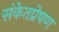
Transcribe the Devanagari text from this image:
संकेतप्रेषण